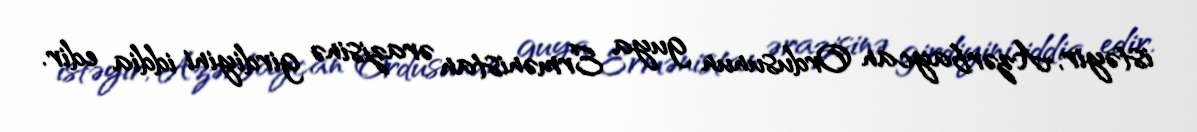
istəyir, Azərbaycan Ordusunun guya Ermənistan ərazisinə girdiyini iddia edir.